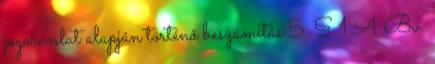
jogorvoslat alapján történő beszámítás 5. § 1 A Bv.